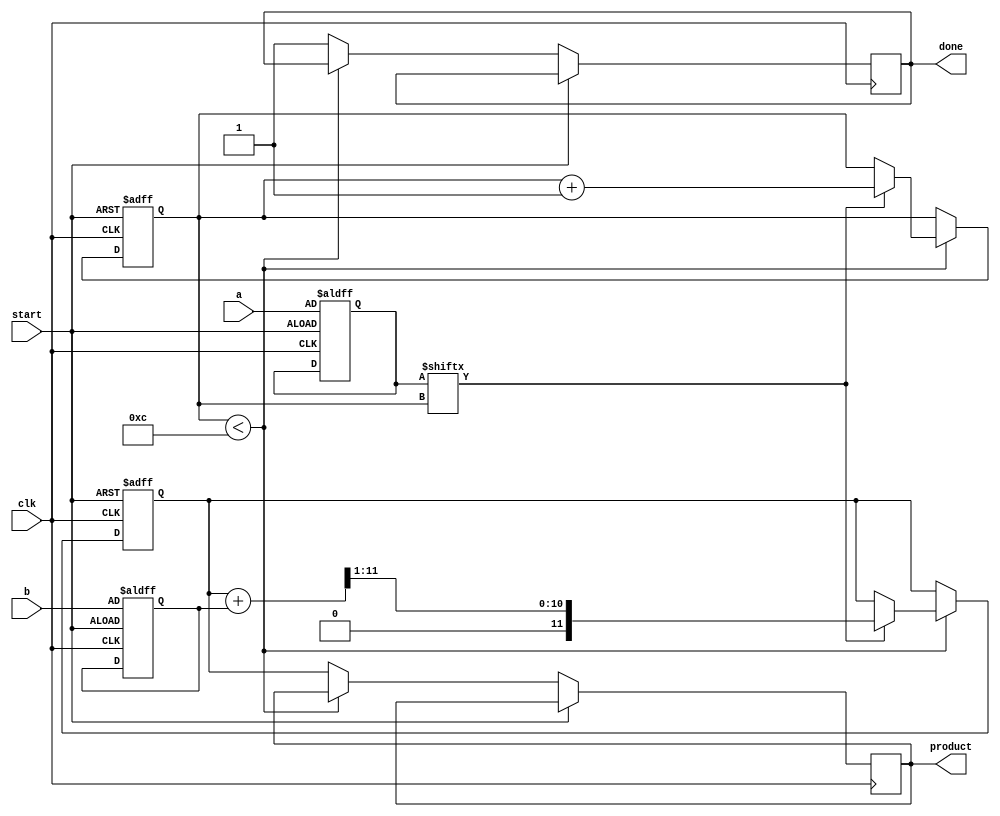
`timescale 1ns / 1ps
//////////////////////////////////////////////////////////////////////////////////
// Company: 
// Engineer: 
// 
// Design Name: 
// Module Name:    sign_mag_seq_mult 
// Project Name: 
// Target Devices: 
// Tool versions: 
// Description: 
//
// Dependencies: 
//
// Revision: 
// Revision 0.01 - File Created
// Additional Comments: 
//
//////////////////////////////////////////////////////////////////////////////////
module sign_mag_seq_mult(
	input clk , 
	input start,
	input [5:0] a ,
	input [5:0] b,
	output reg done ,
	output reg [11:0] product
    );
	 
	 reg [11:0] partial_prod;
	 reg counter;
	 reg [5:0] temp_a ;
	 reg [5:0] temp_b;
	 
	 
	 initial begin partial_prod = 0; end // initialse partials_prod
	 
	 always@(posedge clk or posedge start )
	 begin
		 if(start)
			 begin 
				 partial_prod = 0;
				 counter <= 0;
				 temp_a <=  { {6{a[5]}} , a[5:0]} ; // sign extend to 12 bits (concatenate operator)
				 temp_b <= { { 6{b[5]}} , b[5:0]}; // sign extend b to 12 bits (concatenate operator)
			 end
		else
			begin
				if(counter < 12)
		 			begin
						if(temp_a[counter] == 1) // if bit of a set to 1
							begin 
								partial_prod =  partial_prod + temp_b;		// Pi = Pi + b
								partial_prod = partial_prod >> 1;		// Pi = Pi/2	
								counter <=  counter +1;
							end
					end			
				else
					begin 
						done <= 32'b1;		// multiplication completed 
						product <= partial_prod;	// Pn =  P
					end
	
	 
	 		end
	 end		 


endmodule